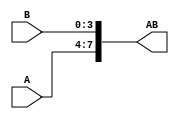
`timescale 1ns / 1ps
//////////////////////////////////////////////////////////////////////////////////
// Company: 
// Engineer: 
// 
// Design Name: 
// Module Name: concatenator
// Project Name: 
// Target Devices: 
// Tool Versions: 
// Description: 
// 
// Dependencies: 
// 
// Revision:
// Revision 0.01 - File Created
// Additional Comments:
// 
//////////////////////////////////////////////////////////////////////////////////


module concatenator(
    input [3:0] A,
    input [3:0] B,
    output reg [7:0] AB
    );
always @(*)
begin
  AB = {A,B};
end
endmodule